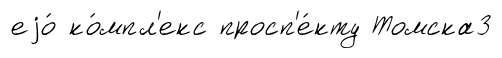
еjо́ ко́мпл'екс просп'е́кту Томска3